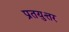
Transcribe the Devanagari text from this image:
प्रतयुत्तर